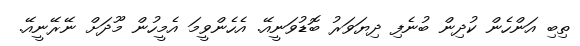
ތިބި އަންހެން ކުދިން ބުނެފި ދިޔަވަރު ބޮޑުވަނީއޭ. އެހެންވީމަ އެމީހުން މޫދަށް ނޭރޭނީއޭ.